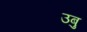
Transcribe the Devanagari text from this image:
उबु